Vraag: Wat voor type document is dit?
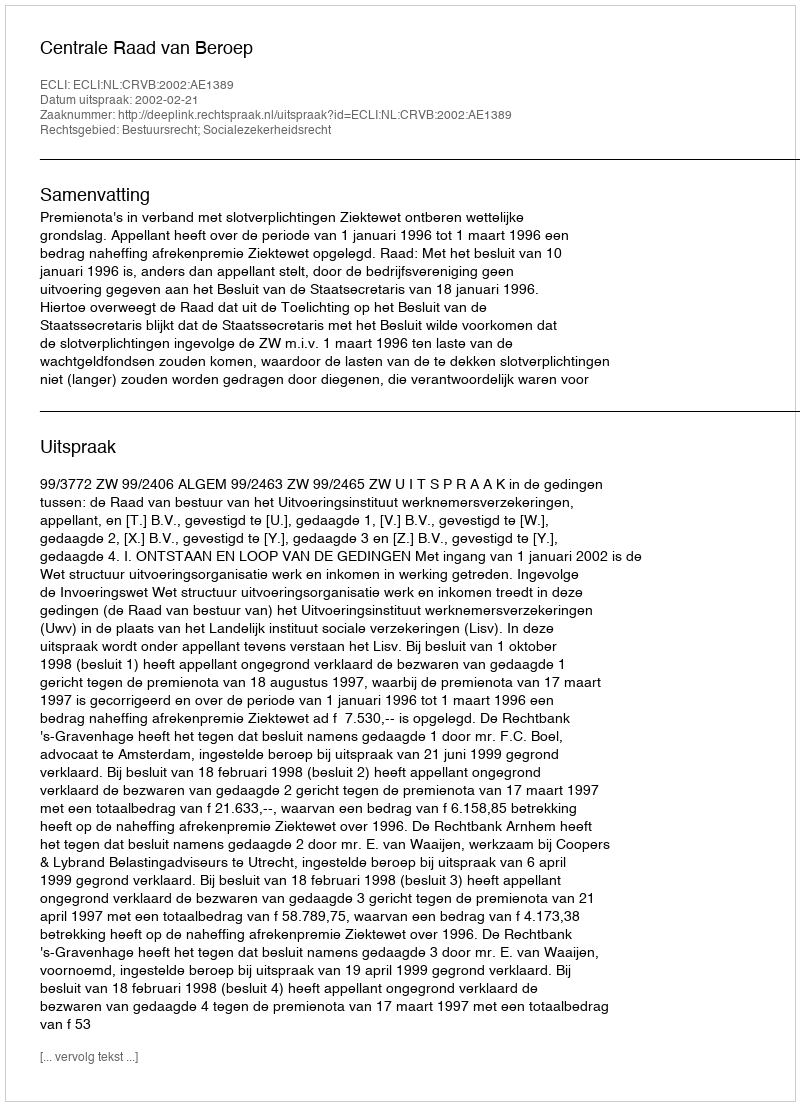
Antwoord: Uitspraak